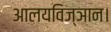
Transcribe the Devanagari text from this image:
आलयविज्ञान।